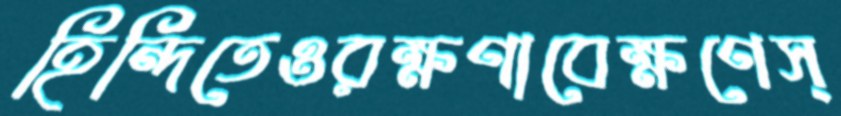
হিন্দিতেওরক্ষণাবেক্ষণেস্